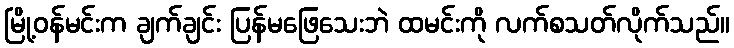
မြို့ဝန်မင်းက ချက်ချင်း ပြန်မဖြေသေးဘဲ ထမင်းကို လက်စသတ်လိုက်သည်။